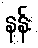
နန်း